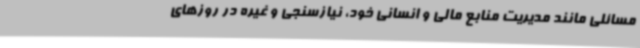
مسائلی مانند مدیریت منابع مالی و انسانی خود، نیازسنجی و غیره در روزهای